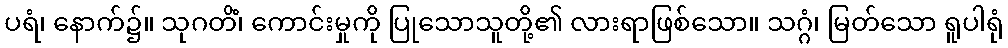
ပရံ၊ နောက်၌။ သုဂတိံ၊ ကောင်းမှုကို ပြုသောသူတို့၏ လားရာဖြစ်သော။ သဂ္ဂံ၊ မြတ်သော ရူပါရုံ